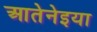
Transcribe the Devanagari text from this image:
आतेनेइया